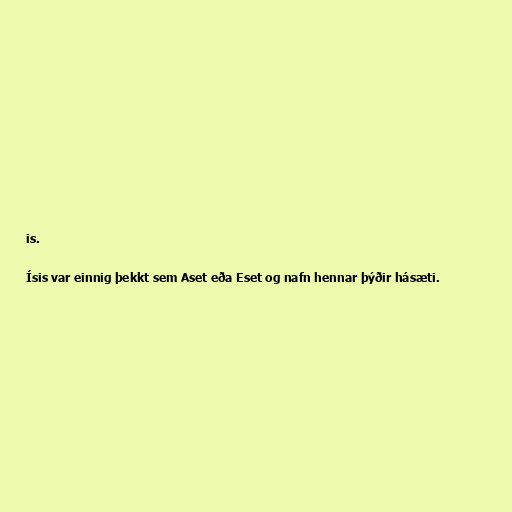
is.

Ísis var einnig þekkt sem Aset eða Eset og nafn hennar þýðir hásæti.